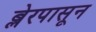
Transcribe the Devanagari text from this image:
ब्लेरपासून